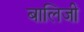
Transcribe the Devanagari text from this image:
बालिजी